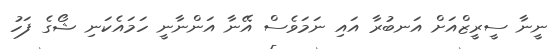
ނީނާ ސީރީޒްއަށް އަނބުރާ އައި ނަމަވެސް އޭނާ އަންނާނީ ހަމައެކަނި ޝޯގެ ފަހު